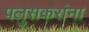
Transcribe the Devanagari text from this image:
पलुसकरांना